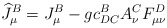
\begin{align*}\widehat{J}_\mu ^B=J_\mu ^B-gc_{DC}^BA_\nu ^CF_{\mu \nu }^D \end{align*}